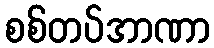
စစ်တပ်အာဏာ